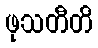
ဖုသတီတိ